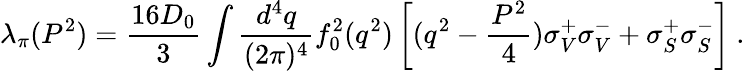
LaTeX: \lambda_{\pi}(P^{2})=\frac{16D_{0}}{3}\int\frac{d^{4}q}{(2\pi)^{4}}f_{0}^{2}(q^{2})\left[(q^{2}-\frac{P^{2}}{4})\sigma_{V}^{+}\sigma_{V}^{-}+\sigma_{S}^{+}\sigma_{S}^{-}\right]~.